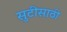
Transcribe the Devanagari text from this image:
सुटीसाठी